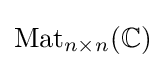
\mathrm {Mat} _{n\times n}(\mathbb {C} )